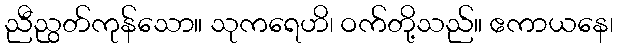
ညီညွတ်ကုန်သော။ သုကရေဟိ၊ ဝက်တို့သည်။ ဧကာယနေ၊